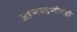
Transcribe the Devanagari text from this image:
जडणघडणीतही